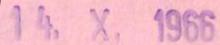
14. X. 1966